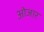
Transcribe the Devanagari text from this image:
ओजार